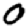
Digit: 0